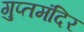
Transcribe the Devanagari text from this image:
गुप्तमंदिर